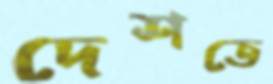
দেশতে